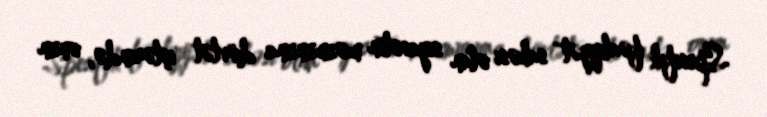
Spesifik fəaliyyət sahəsi olan siyasətin məzmununa dövlət işlərində, onun